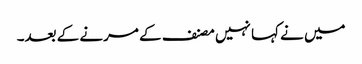
میں نے کہا نہیں مصنف کے مرنے کے بعد۔